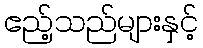
ဧည့်သည်များနှင့်